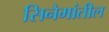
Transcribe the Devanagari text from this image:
सिनेमांतील